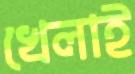
খেলাই